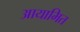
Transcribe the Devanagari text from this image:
आयामित